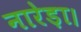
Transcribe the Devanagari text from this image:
नारेड़ा।